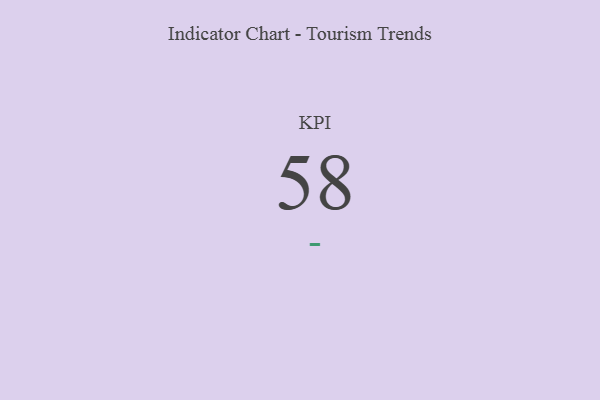
{"axis": {"x": "KPI", "y": "Value"}, "legend": [""], "data": [{"x": "KPI", "y": 58, "type": ""}]}